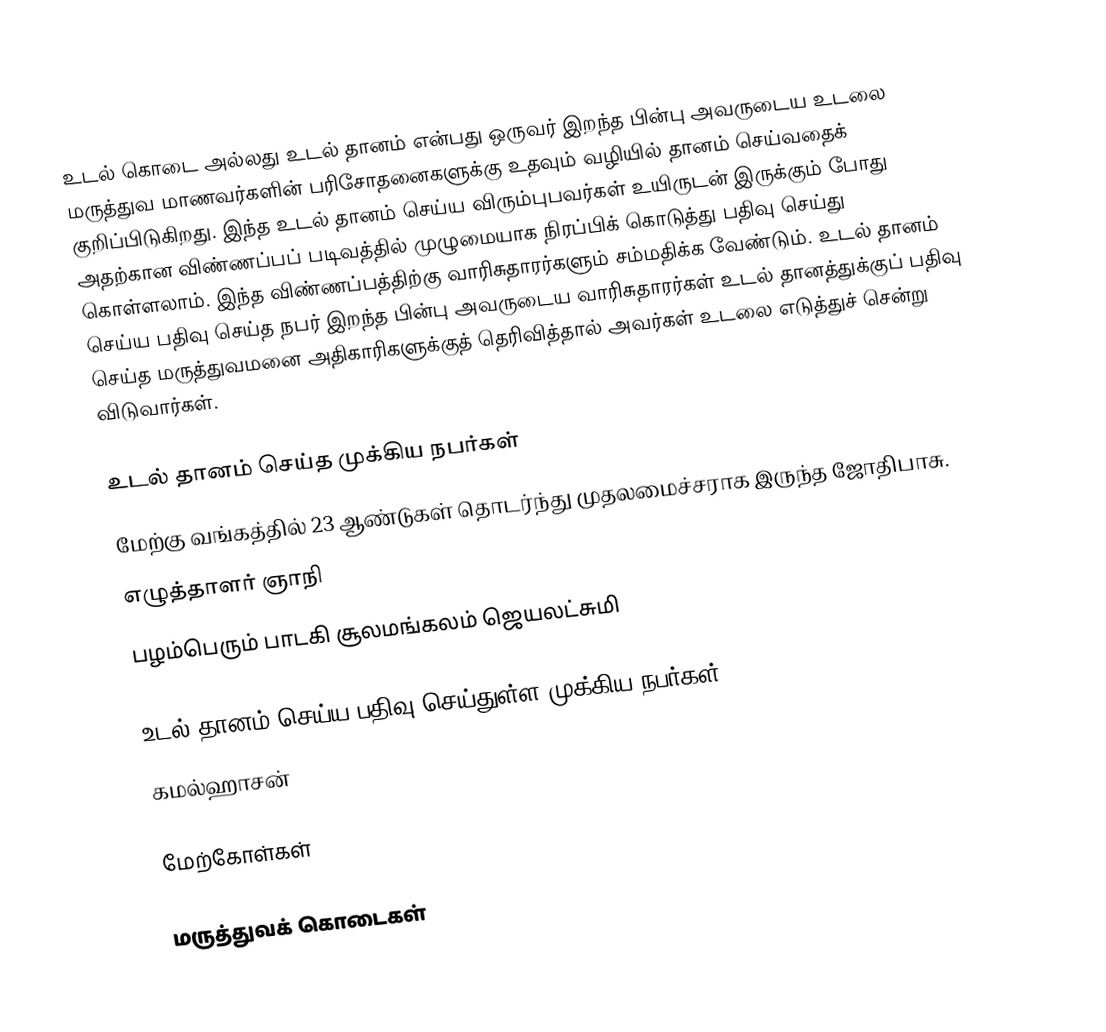
உடல் கொடை அல்லது உடல் தானம் என்பது ஒருவர் இறந்த பின்பு அவருடைய உடலை மருத்துவ மாணவர்களின் பரிசோதனைகளுக்கு உதவும் வழியில் தானம் செய்வதைக் குறிப்பிடுகிறது. இந்த உடல் தானம் செய்ய விரும்புபவர்கள் உயிருடன் இருக்கும் போது அதற்கான விண்ணப்பப் படிவத்தில் முழுமையாக நிரப்பிக் கொடுத்து பதிவு செய்து கொள்ளலாம். இந்த விண்ணப்பத்திற்கு வாரிசுதாரர்களும் சம்மதிக்க வேண்டும். உடல் தானம் செய்ய பதிவு செய்த நபர் இறந்த பின்பு அவருடைய வாரிசுதாரர்கள் உடல் தானத்துக்குப் பதிவு செய்த மருத்துவமனை அதிகாரிகளுக்குத் தெரிவித்தால் அவர்கள் உடலை எடுத்துச் சென்று விடுவார்கள்.

உடல் தானம் செய்த முக்கிய நபர்கள்
 மேற்கு வங்கத்தில் 23 ஆண்டுகள் தொடர்ந்து முதலமைச்சராக இருந்த ஜோதிபாசு.
 எழுத்தாளர் ஞாநி
 பழம்பெரும் பாடகி சூலமங்கலம் ஜெயலட்சுமி

உடல் தானம் செய்ய பதிவு செய்துள்ள முக்கிய நபர்கள்
 கமல்ஹாசன்

மேற்கோள்கள்

மருத்துவக் கொடைகள்